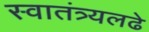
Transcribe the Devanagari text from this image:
स्वातंत्र्यलढे